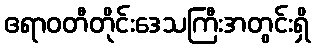
ဧရာဝတီတိုင်းဒေသကြီးအတွင်းရှိ